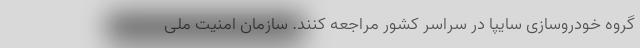
گروه خودروسازی سایپا در سراسر کشور مراجعه کنند. سازمان امنیت ملی